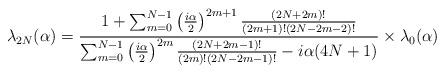
\begin{align*}\lambda_{2N}(\alpha)={ 1+\sum_{m=0}^{N-1}\left({i\alpha\over 2}\right)^{2m+1}{(2N+2m)!\over (2m+1)!(2N-2m-2)!} \over \sum_{m=0}^{N-1}\left({i\alpha\over 2}\right)^{2m}{(2N+2m-1)!\over (2m)!(2N-2m-1)!} -i\alpha(4N+1) }\times\lambda_0(\alpha) \end{align*}